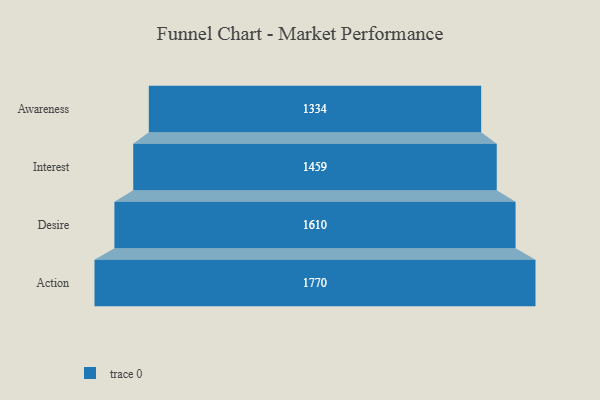
{"axis": {"x": "Stage", "y": "Value"}, "legend": [""], "data": [{"x": "Awareness", "y": 1334.0, "type": ""}, {"x": "Interest", "y": 1459.0, "type": ""}, {"x": "Desire", "y": 1610.0, "type": ""}, {"x": "Action", "y": 1770.0, "type": ""}]}